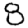
Digit: 8